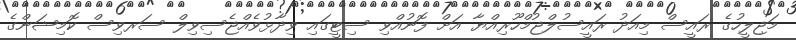
މަޖިލީހުގެ ރައީސް މިއަދު ރައީސުލްޖުމްހޫރިއްޔާ އަށް ފޮނުއްވި ސިޓީގައި ވިދާޅުވެއްޖެސިވިލް ސަރވިސް ކޮމިޝަންގެ